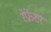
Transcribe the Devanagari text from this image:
रेफ्रेशर